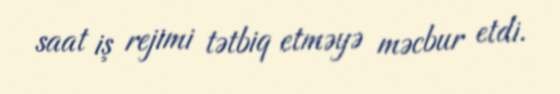
saat iş rejimi tətbiq etməyə məcbur etdi.